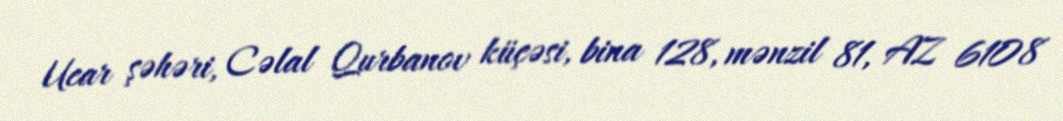
Ucar şəhəri, Cəlal Qurbanov küçəsi, bina 128, mənzil 81, AZ 6108